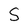
Character: S